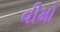
વીમો